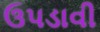
ઉપડાવી